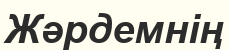
Жәрдемнің